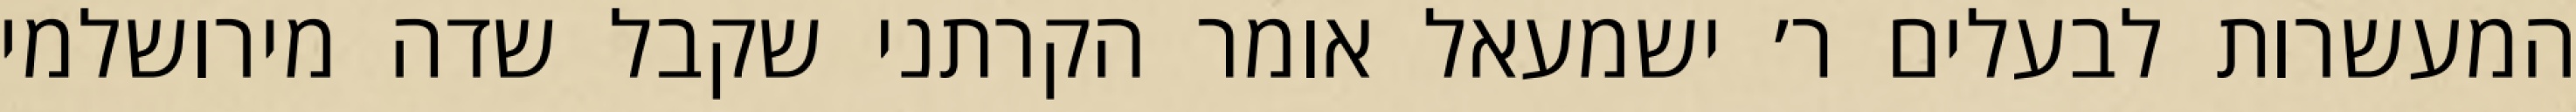
המעשרות לבעלים ר׳ ישמעאל אומר הקרתני שקבל שדה מירושלמי